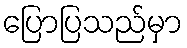
ပြောပြသည်မှာ